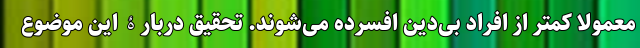
معمولاً کمتر از افراد بی‌دین افسرده می‌شوند. تحقیق دربارۀ این موضوع